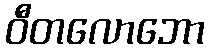
ဝီတလောဘော